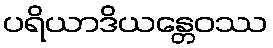
ပရိယာဒိယန္တေဝဿ